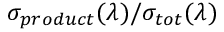
{ \sigma } _ { p r o d u c t } ( \lambda ) / { \sigma } _ { t o t } ( \lambda )